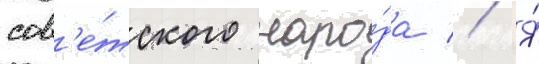
сов'е́тского наро́да // Я́